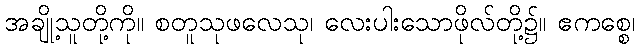
အချို့သူတို့ကို။ စတူသုဖလေသု၊ လေးပါးသောဖိုလ်တို့၌။ ဧကစ္စေ၊